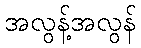
အလွန့်အလွန်